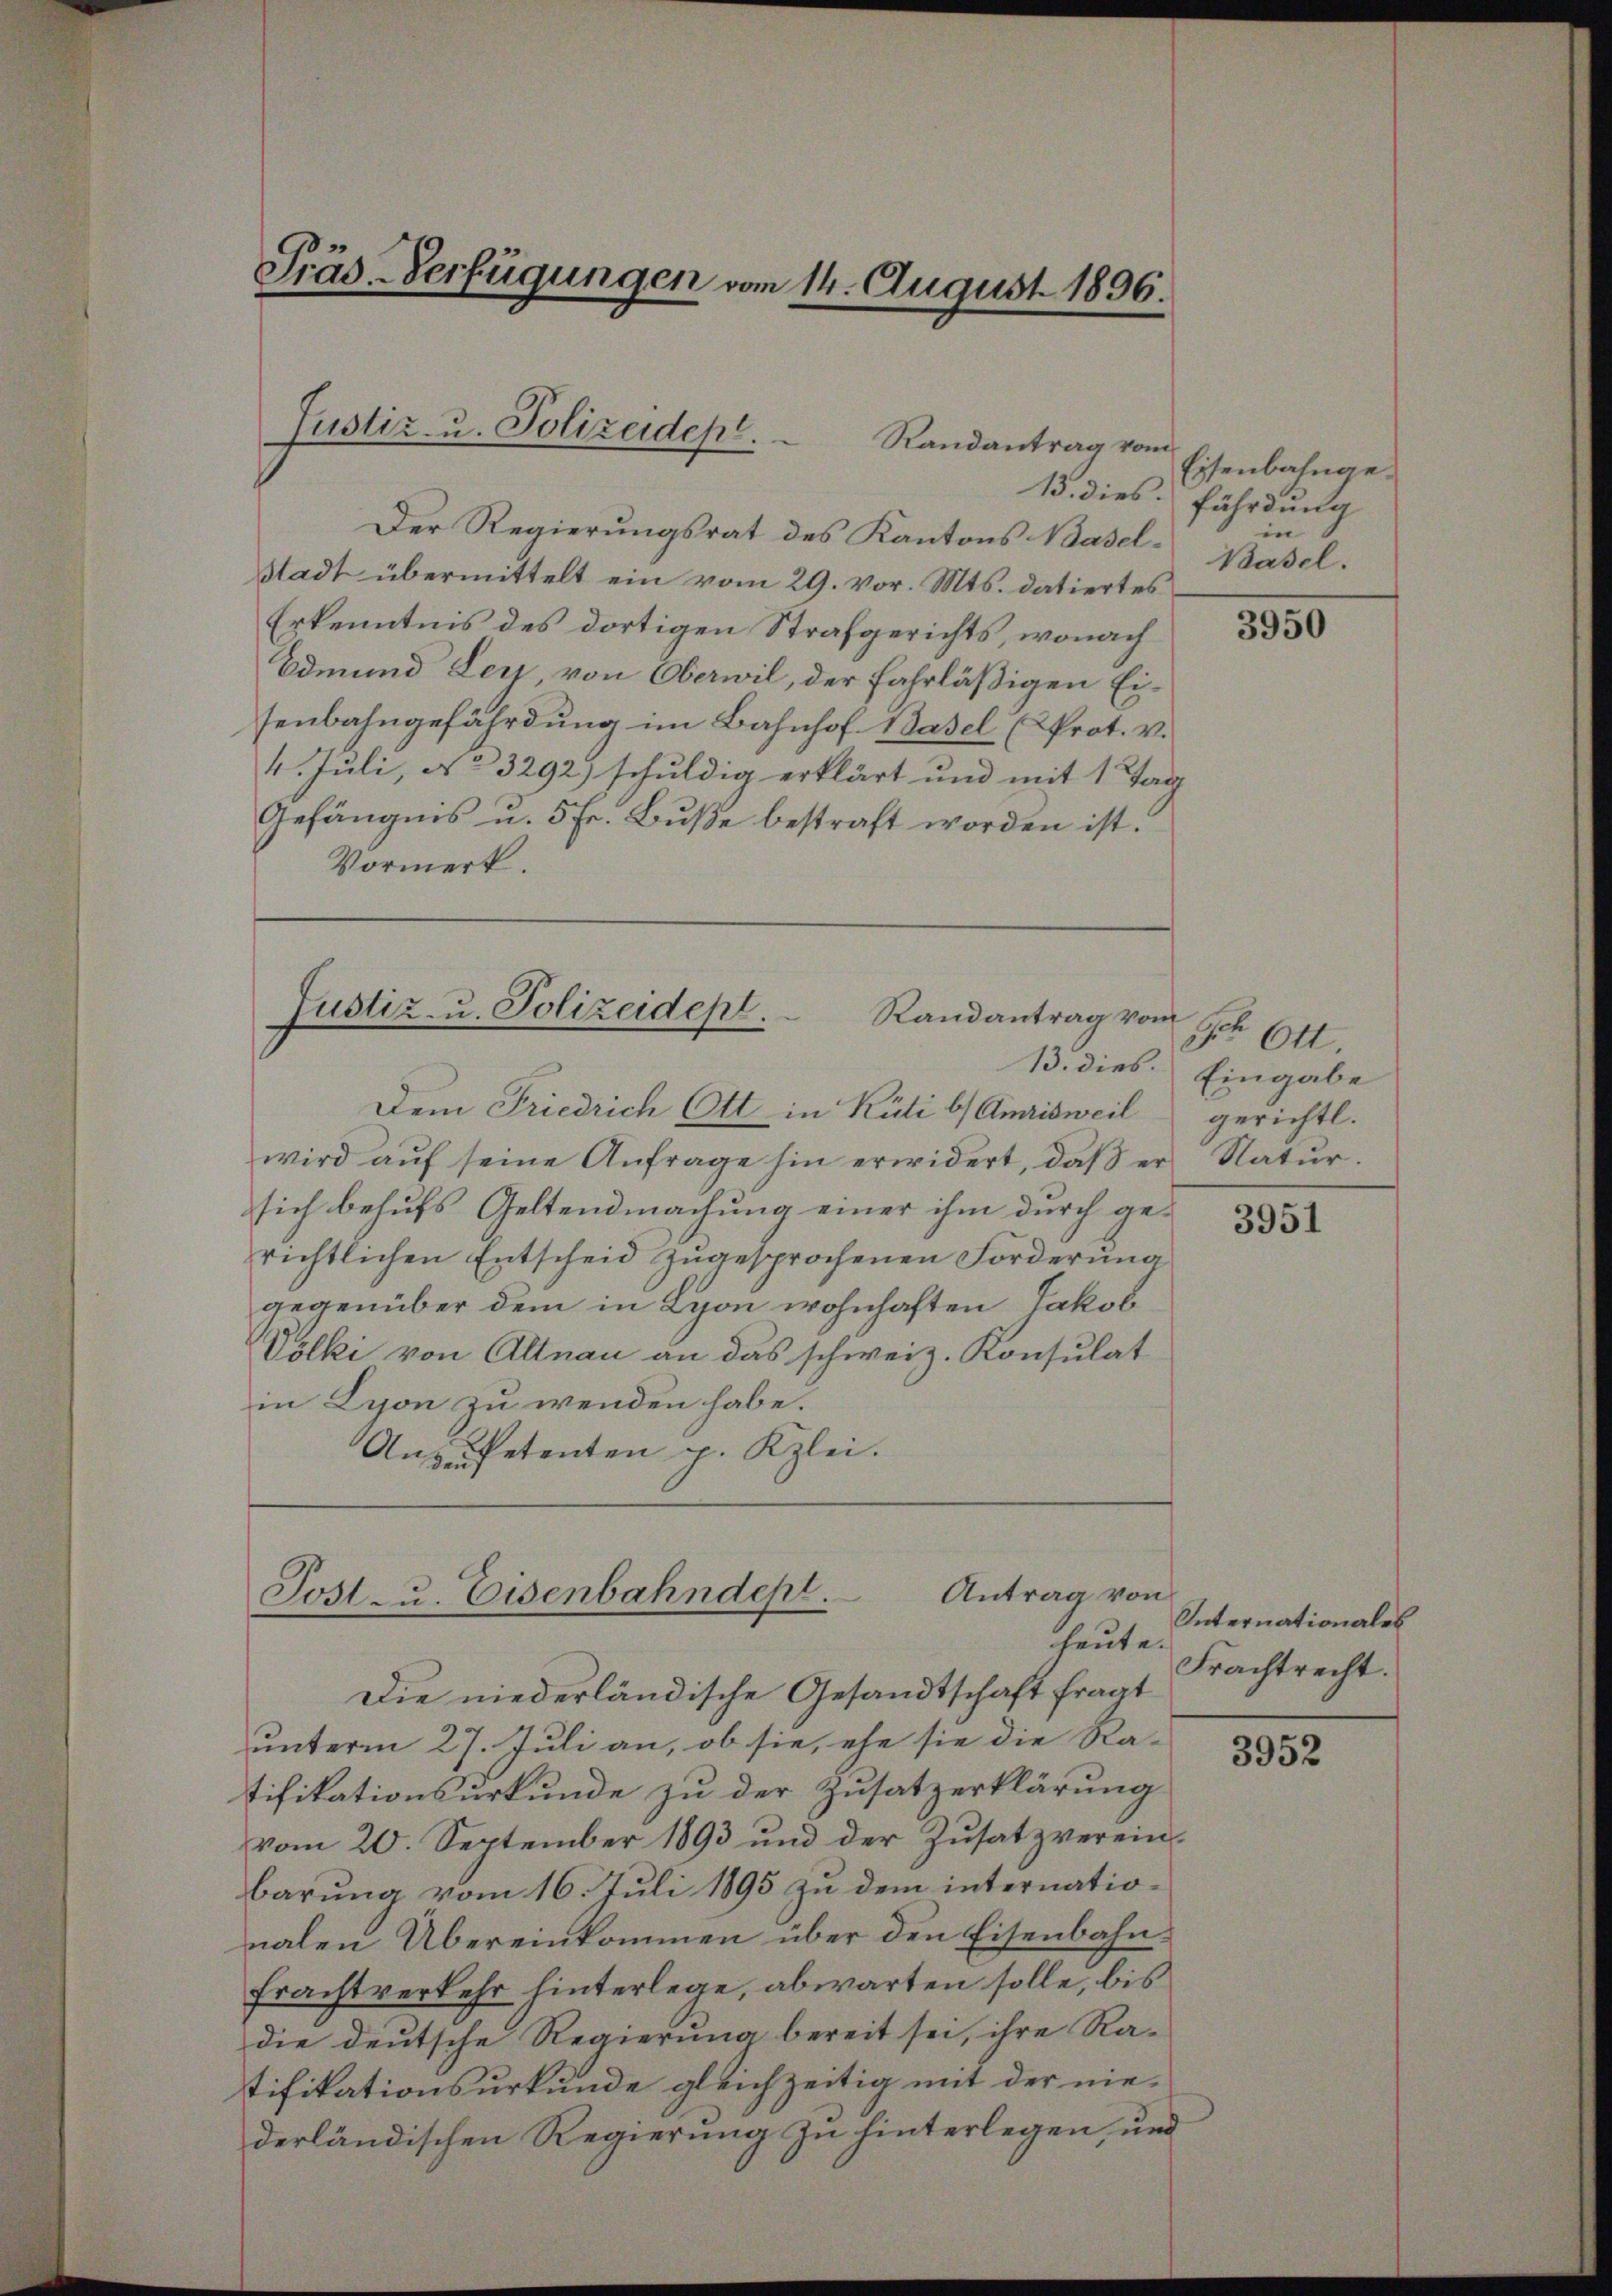
Präs-Verfügungen vom 14. August 1896.

Justiz- u. Polizeidept.
Randantrag vom

Der Regierungsrat des Kantons Basel¬
Stadt übermittelt ein vom 29. vor. Mts. datiertes
Erkenntnis des dortigen Strafgerichts, wonach
Edmund Ley, von Oberwil, der fahrläßigen Eisenbahngefährdung im Bahnhof Basel (Prot. v.
4. Juli, No 3292) schuldig erklärt und mit 1 Tag
Gefängnis u. 5 Fr. Buße bestraft worden ist.
Vormerk.

Justiz- u. Polizeidept.
Randantrag vom

Antrag von
Post zu. Eisenbahndept.
heute.

Dem Friedrich Ott in Rüti b) Amrisweil gerichtl.
wird aŭf seine Anfrage hin erwidert, daβ er Natŭr-
sich behufs Geltendmachung einer ihm durch gerichtlichen Entscheid zugesprochenen Forderung
gegenüber dem in Lyon wohnhaften Jakob
Völki von Altnau an das schweiz. Konsulat
in Lyon zu wenden habe.
Anzufetenten p. Kzlei.

Die niederländische Gesandtschaft fragt
unterm 27. Juli an, ob sie, ehe sie die Ra-
tifikationsurkunde zu der Zusatzerklärung
vom 20. September 1893 und der Zusatz vereinbarung vom 16. Juli 1895 zu dem internationalen Übereinkommen über den Eisenbahnfrachtverkehr hinterlege, abwarten solle, bis
die deutsche Regierung bereit sei, ihre Ra-
tifikationsurkunde gleichzeitig mit der nie-
derländischen Regierung zu hinterlegen, und

Eisenbahnge¬
15. dies fährdung
in
Basel.

3950

Sr Ott.
13. dies. Eingabe

3951

Internationales
Frachtrecht.

3952